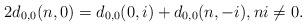
LaTeX: \begin{align*}2d_{0,0}(n,0)=d_{0,0}(0,i)+d_{0,0}(n,-i),ni\ne 0.\end{align*}